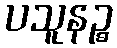
ပသူနဉ္စ